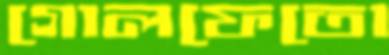
গোলফেতো